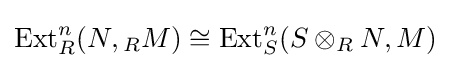
\operatorname {Ext} _{R}^{n}(N,{}_{R}M)\cong \operatorname {Ext} _{S}^{n}(S\otimes _{R}N,M)